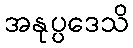
အနုပ္ပဒေသိ